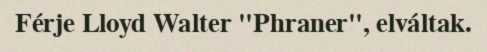
Férje Lloyd Walter "Phraner", elváltak.